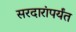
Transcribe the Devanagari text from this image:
सरदारांपर्यंत